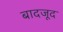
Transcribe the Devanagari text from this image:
बादजूद